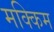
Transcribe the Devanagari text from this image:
मक्किम